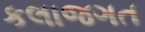
કલાજગત